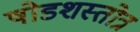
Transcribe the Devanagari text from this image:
षोडशस्तोत्र